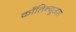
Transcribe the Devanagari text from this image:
काँतिन्यूअस